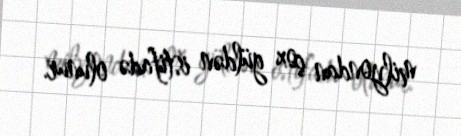
milyondan çox güldən istifadə olunur.